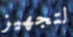
لتجهيز